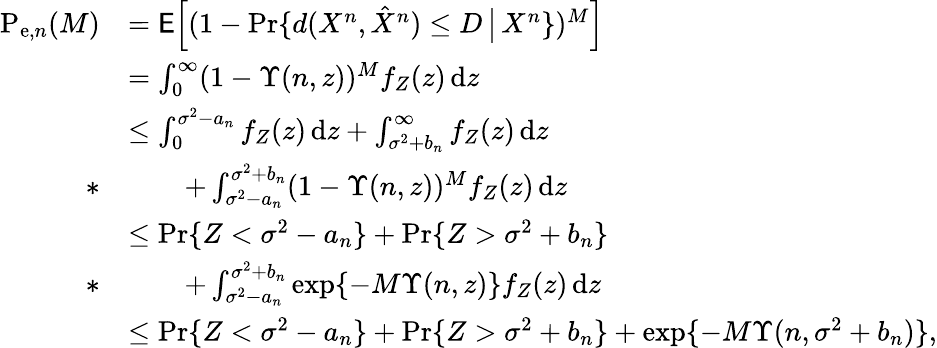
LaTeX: \begin{array}{rl}{\mathrm{P}_{\mathrm{e},n}(M)}&{=\mathsf{E}\Big[(1-\operatorname*{Pr}\{ d(X^{n},\hat{X}^{n})\leq D\, \big|\, X^{n}\} )^{M}\Big]}\\ &{=\int_{0}^{\infty}(1-\Upsilon(n,z))^{M}f_{Z}(z)\, \mathrm{d}z}\\ &{\leq\int_{0}^{\sigma^{2}-a_{n}}f_{Z}(z)\, \mathrm{d}z+\int_{\sigma^{2}+b_{n}}^{\infty}f_{Z}(z)\, \mathrm{d}z}\\ {*}&{\qquad+\int_{\sigma^{2}-a_{n}}^{\sigma^{2}+b_{n}}(1-\Upsilon(n,z))^{M}f_{Z}(z)\, \mathrm{d}z}\\ &{\leq\operatorname*{Pr}\{ Z<\sigma^{2}-a_{n}\} +\operatorname*{Pr}\{ Z>\sigma^{2}+b_{n}\} }\\ {*}&{\qquad+\int_{\sigma^{2}-a_{n}}^{\sigma^{2}+b_{n}}\exp\{ -M\Upsilon(n,z)\} f_{Z}(z)\, \mathrm{d}z}\\ &{\leq\operatorname*{Pr}\{ Z<\sigma^{2}-a_{n}\} +\operatorname*{Pr}\{ Z>\sigma^{2}+b_{n}\} +\exp\{ -M\Upsilon(n,\sigma^{2}+b_{n})\} ,}\end{array}